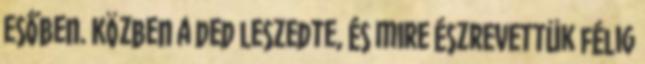
Esőben. Közben a ded leszedte, és mire észrevettük félig